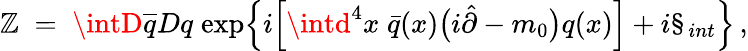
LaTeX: \mathbb{Z}\; =\; \intD\overline{{{{q}}}}Dq\; \mathrm{{exp}}\Big\{ i\Big[\intd^{4}x\; \bar{{q}}(x)\big(i\hat{{\partial}}-m_{0}\big)q(x)\Big]+i{\S}_{int}\Big\} \, ,